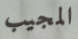
المجيب